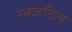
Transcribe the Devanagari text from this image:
रत्नजटिल